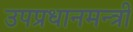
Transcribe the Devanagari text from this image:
उपप्रधानमन्त्री